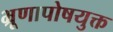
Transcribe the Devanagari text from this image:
भ्रूणापोषयुक्त